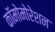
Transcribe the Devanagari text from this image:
कॉमोमोरेशन